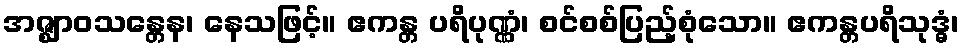
အဇ္ဈာဝသန္တေန၊ နေသဖြင့်။ ဧကန္တ ပရိပုဏ္ဏံ၊ စင်စစ်ပြည့်စုံသော။ ဧကန္တပရိသုဒ္ဓံ၊